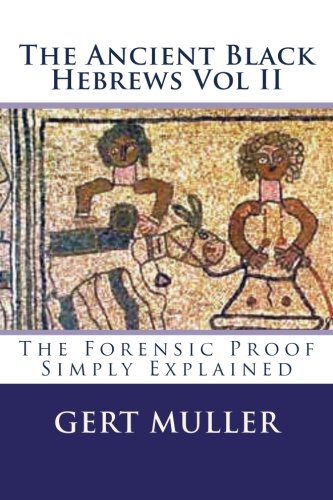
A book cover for The Ancient Black Hebrews Vol II: The Forensic Proof Simply Explained; Gert Muller; History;